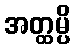
အတ္ထမ္ပိ